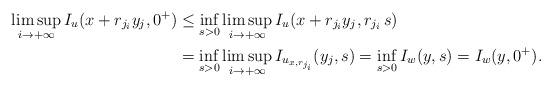
LaTeX: \begin{align*}\limsup_{i\to+\infty} I_u(x+r_{j_i}y_j, 0^+) & \leq\inf_{s>0}\limsup_{i\to+\infty} I_u(x+r_{j_i}y_j, r_{j_i}\,s)\\&= \inf_{s>0}\limsup_{i\to+\infty} I_{u_{x,r_{j_i}}}(y_j, s)= \inf_{s>0} I_{w}(y, s) = I_w(y, 0^+).\end{align*}